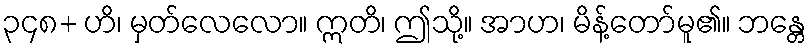
၃၄၈+ ဟိ၊ မှတ်လေလော။ ဣတိ၊ ဤသို့။ အာဟ၊ မိန့်တော်မူ၏။ ဘန္တေ